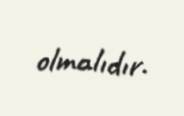
olmalıdır.